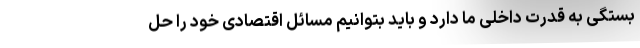
بستگی به قدرت داخلی ما دارد و باید بتوانیم مسائل اقتصادی خود را حل